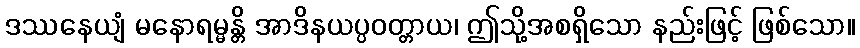
ဒဿနေယျံ မနောရမ္မန္တိ အာဒိနယပ္ပဝတ္တာယ၊ ဤသို့အစရှိသော နည်းဖြင့် ဖြစ်သော။